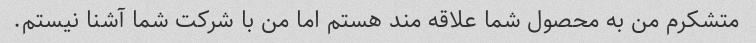
متشکرم من به محصول شما علاقه مند هستم اما من با شرکت شما آشنا نیستم.